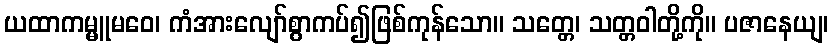
ယထာကမ္မူမဝေ၊ ကံအားလျော်စွာကပ်၍ဖြစ်ကုန်သော။ သတ္တေ၊ သတ္တဝါတို့ကို။ ပဇာနေယျ၊